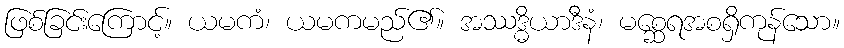
ဖြစ်ခြင်းကြောင့်။ ယမကံ၊ ယမကမည်၏။ အဿဒ္ဓိယာဒီနံ၊ မစ္ဆေရအစရှိကုန်သော။